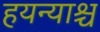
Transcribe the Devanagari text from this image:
हयन्याश्च